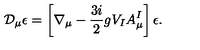
\mathcal { D } _ { \mu } \epsilon = \left[ \nabla _ { \mu } - \frac { 3 i } { 2 } g V _ { I } A _ { \mu } ^ { I } \right] \epsilon .